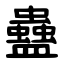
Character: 蠱